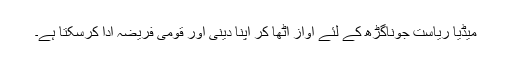
میڈیا ریاست جوناگڑھ کے لئے آواز اٹھا کر اپنا دینی اور قومی فریضہ ادا کرسکتا ہے۔